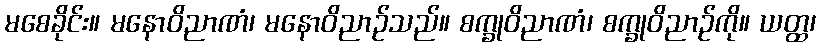
မစေခိုင်း။ မနောဝိညာဏံ၊ မနောဝိညာဉ်သည်။ စက္ခုဝိညာဏံ၊ စက္ခုဝိညာဉ်ကို။ ယတ္ထ၊